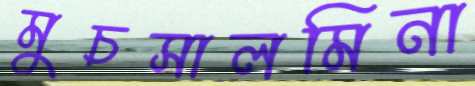
মুচসালমিনা